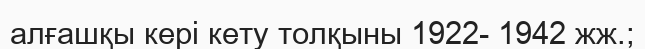
алғашқы кері кету толқыны 1922- 1942 жж.;